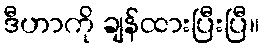
ဒီဟာကို ချန်ထားပြီးပြီ။